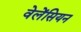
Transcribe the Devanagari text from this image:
वेलेंसियन